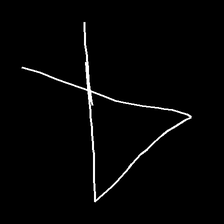
Glyph: collection